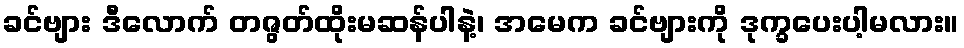
ခင်ဗျား ဒီလောက် တဇွတ်ထိုးမဆန်ပါနဲ့၊ အမေက ခင်ဗျားကို ဒုက္ခပေးပါ့မလား။